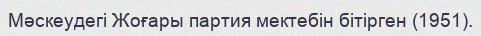
Мәскеудегі Жоғары партия мектебін бітірген (1951).